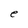
Character: e